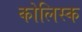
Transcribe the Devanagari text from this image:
कोलिस्क